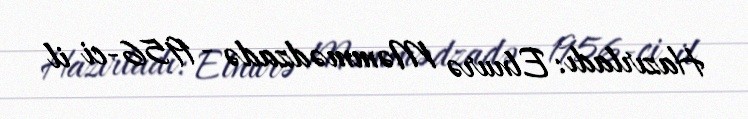
Hazırladı: Elnurə Məmmədzadə - 1956-ci il